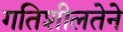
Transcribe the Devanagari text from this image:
गतिशीलतेने